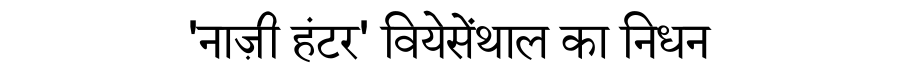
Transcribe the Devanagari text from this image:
'नाज़ी हंटर' वियेसेंथाल का निधन